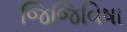
જિજિવિષા